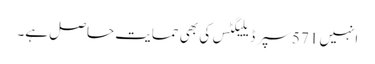
انہیں 571 سپر ڈیلیگٹس کی بھی حمایت حاصل ہے۔